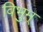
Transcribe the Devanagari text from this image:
विभुम्